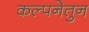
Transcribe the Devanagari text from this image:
कल्पनेतुन